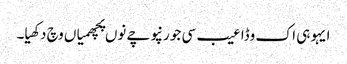
ایہو ہی اک وڈا عیب سی جو رنپوچے نوں پچھمیاں وچ دکھیا۔